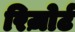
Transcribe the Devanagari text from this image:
रिज़ोर्ट